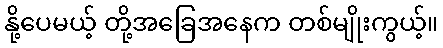
နို့ပေမယ့် တို့အခြေအနေက တစ်မျိုးကွယ့်။